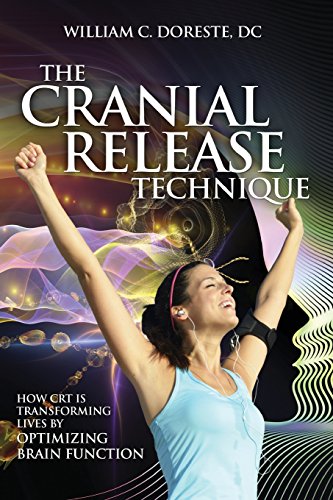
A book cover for The Cranial Release Technique How CRT is Transforming Lives by Optimizing Brain Function; William Doreste; Medical Books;